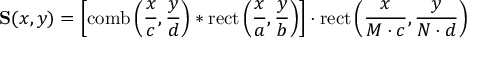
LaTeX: \mathbf { S } ( x , y ) = \left[ \operatorname { c o m b } \left( { \frac { x } { c } } , { \frac { y } { d } } \right) * \operatorname { r e c t } \left( { \frac { x } { a } } , { \frac { y } { b } } \right) \right] \cdot \operatorname { r e c t } \left( { \frac { x } { M \cdot c } } , { \frac { y } { N \cdot d } } \right)